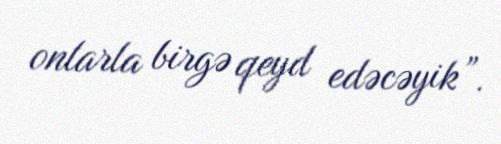
onlarla birgə qeyd edəcəyik”.